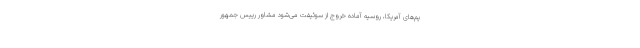
یم‌های آمریکا، روسیه آماده خروج از سوئیفت می‌شود مشاور رییس جمهور